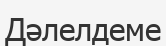
Дәлелдеме